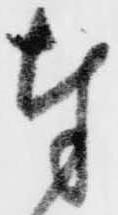
奉